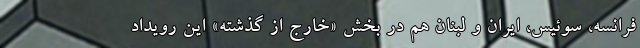
فرانسه، سوئیس، ایران و لبنان هم در بخش «خارج از گذشته» این رویداد